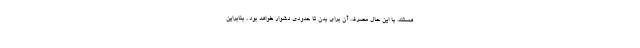
هستند. با این حال مصرف آن برای بدن تا حدودی دشوار خواهد بود , بنابراین